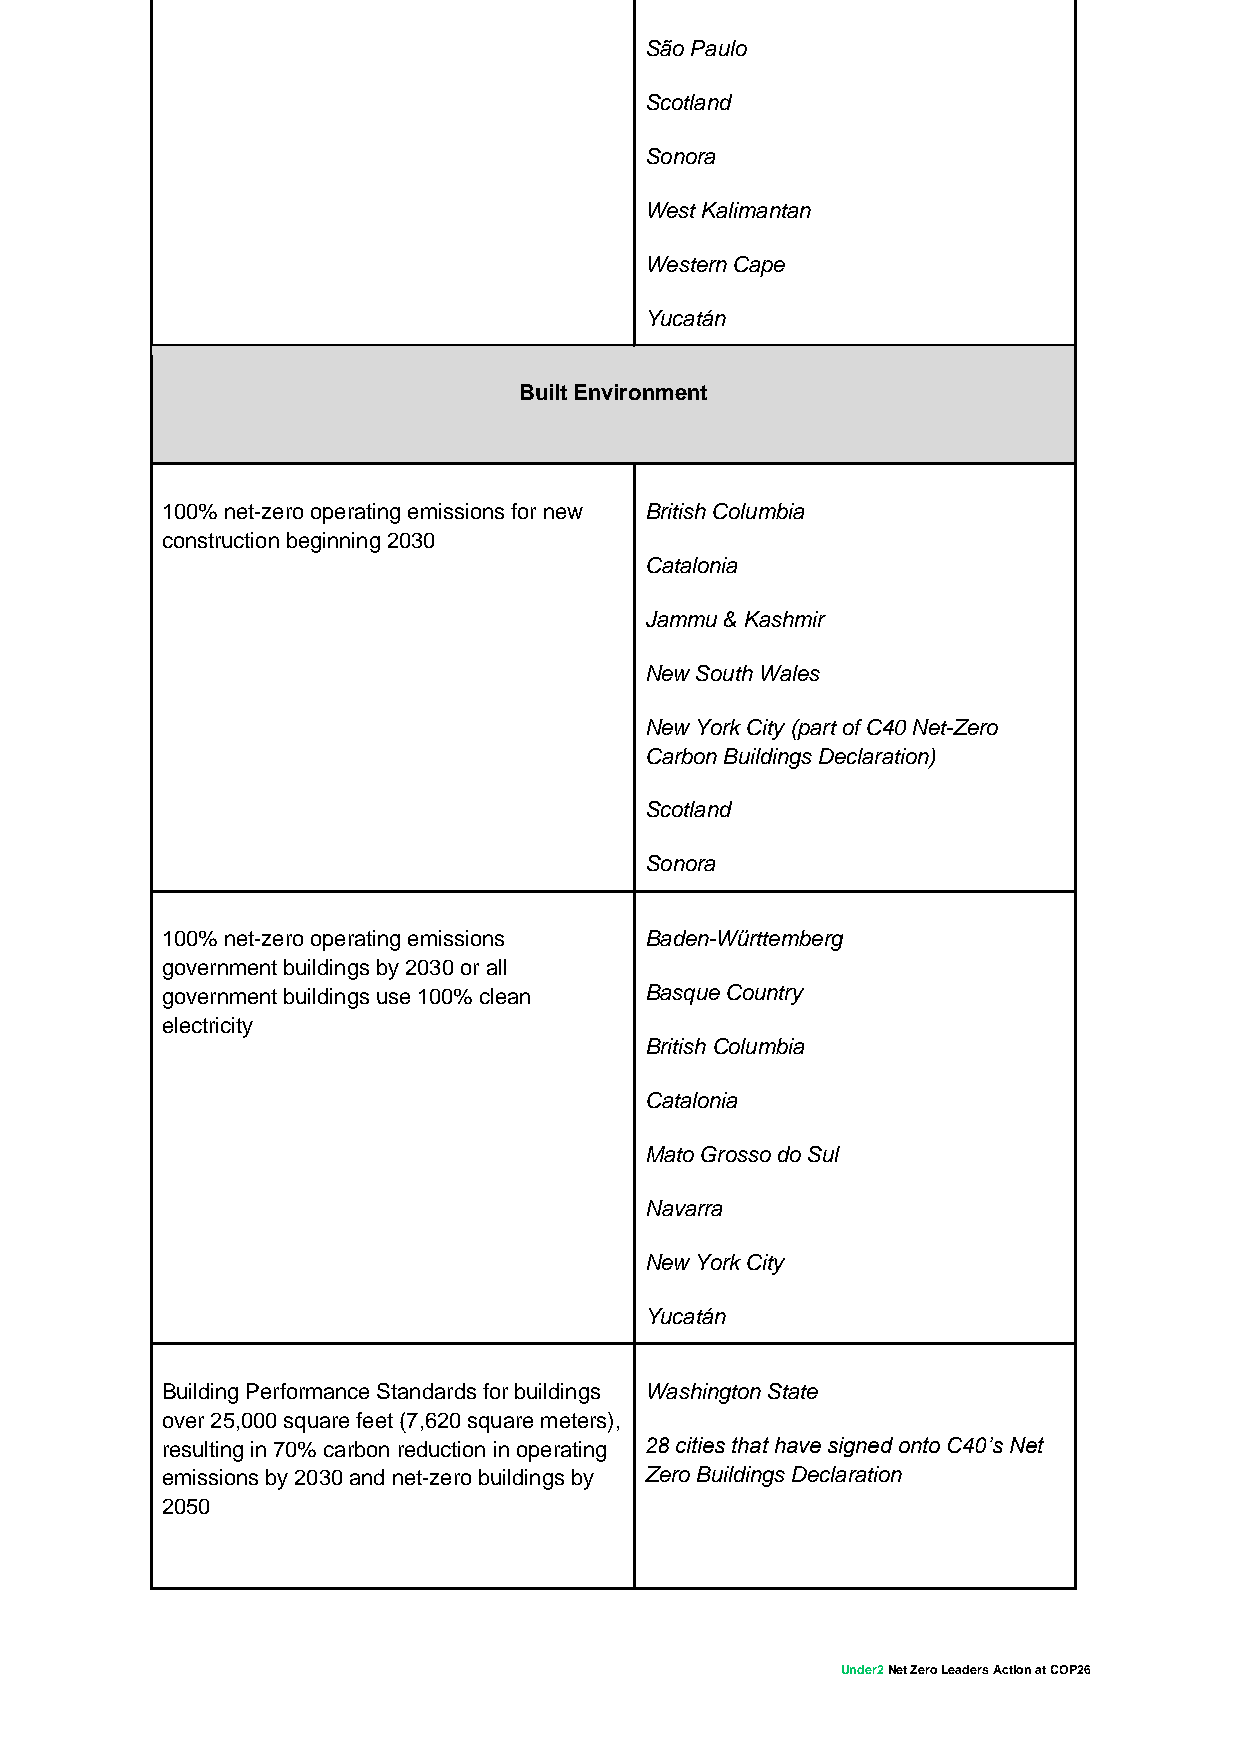
São Paulo
 Scotland
 Sonora
 West Kalimantan
 Western Cape
 Yucatán
 Built Environment
 100% net-zero operating emissions for new British Columbia
 construction beginning 2030
 Catalonia
 Jammu & Kashmir
 New South Wales
 New York City (part of C40 Net-Zero
 Carbon Buildings Declaration)
 Scotland
 Sonora
 100% net-zero operating emissions Baden-Württemberg
 government buildings by 2030 or all
 government buildings use 100% clean Basque Country
 electricity
 British Columbia
 Catalonia
 Mato Grosso do Sul
 Navarra
 New York City
 Yucatán
 Building Performance Standards for buildings Washington State
 over 25,000 square feet (7,620 square meters),
 resulting in 70% carbon reduction in operating 28 cities that have signed onto C40’s Net
 emissions by 2030 and net-zero buildings by Zero Buildings Declaration
 2050
 Under2 Net Zero Leaders Action at COP26